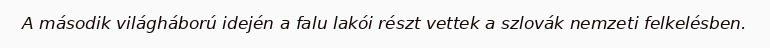
A második világháború idején a falu lakói részt vettek a szlovák nemzeti felkelésben.